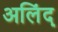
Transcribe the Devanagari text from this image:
अलिंद्